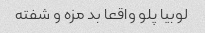
لوبیا پلو واقعا بد مزه و شفته